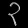
Digit: ၃